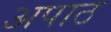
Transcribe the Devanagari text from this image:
अपाठ